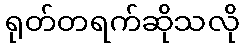
ရုတ်တရက်ဆိုသလို